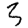
Digit: 3